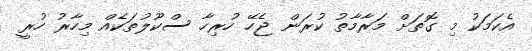
އެކަމަކު މި ގޮތަށް މަރާމާތު ކުރަން ޖެހޭ ހުރިހާ ސްކޫލުތަކެއް މިހާރު ހުރީ